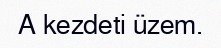
A kezdeti üzem.